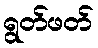
ရွတ်ဖတ်